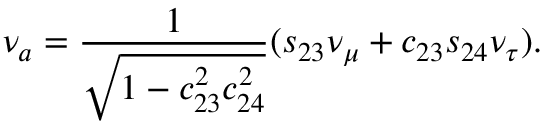
\nu _ { a } = { \frac { 1 } { \sqrt { 1 - c _ { 2 3 } ^ { 2 } c _ { 2 4 } ^ { 2 } } } } ( s _ { 2 3 } \nu _ { \mu } + c _ { 2 3 } s _ { 2 4 } \nu _ { \tau } ) .